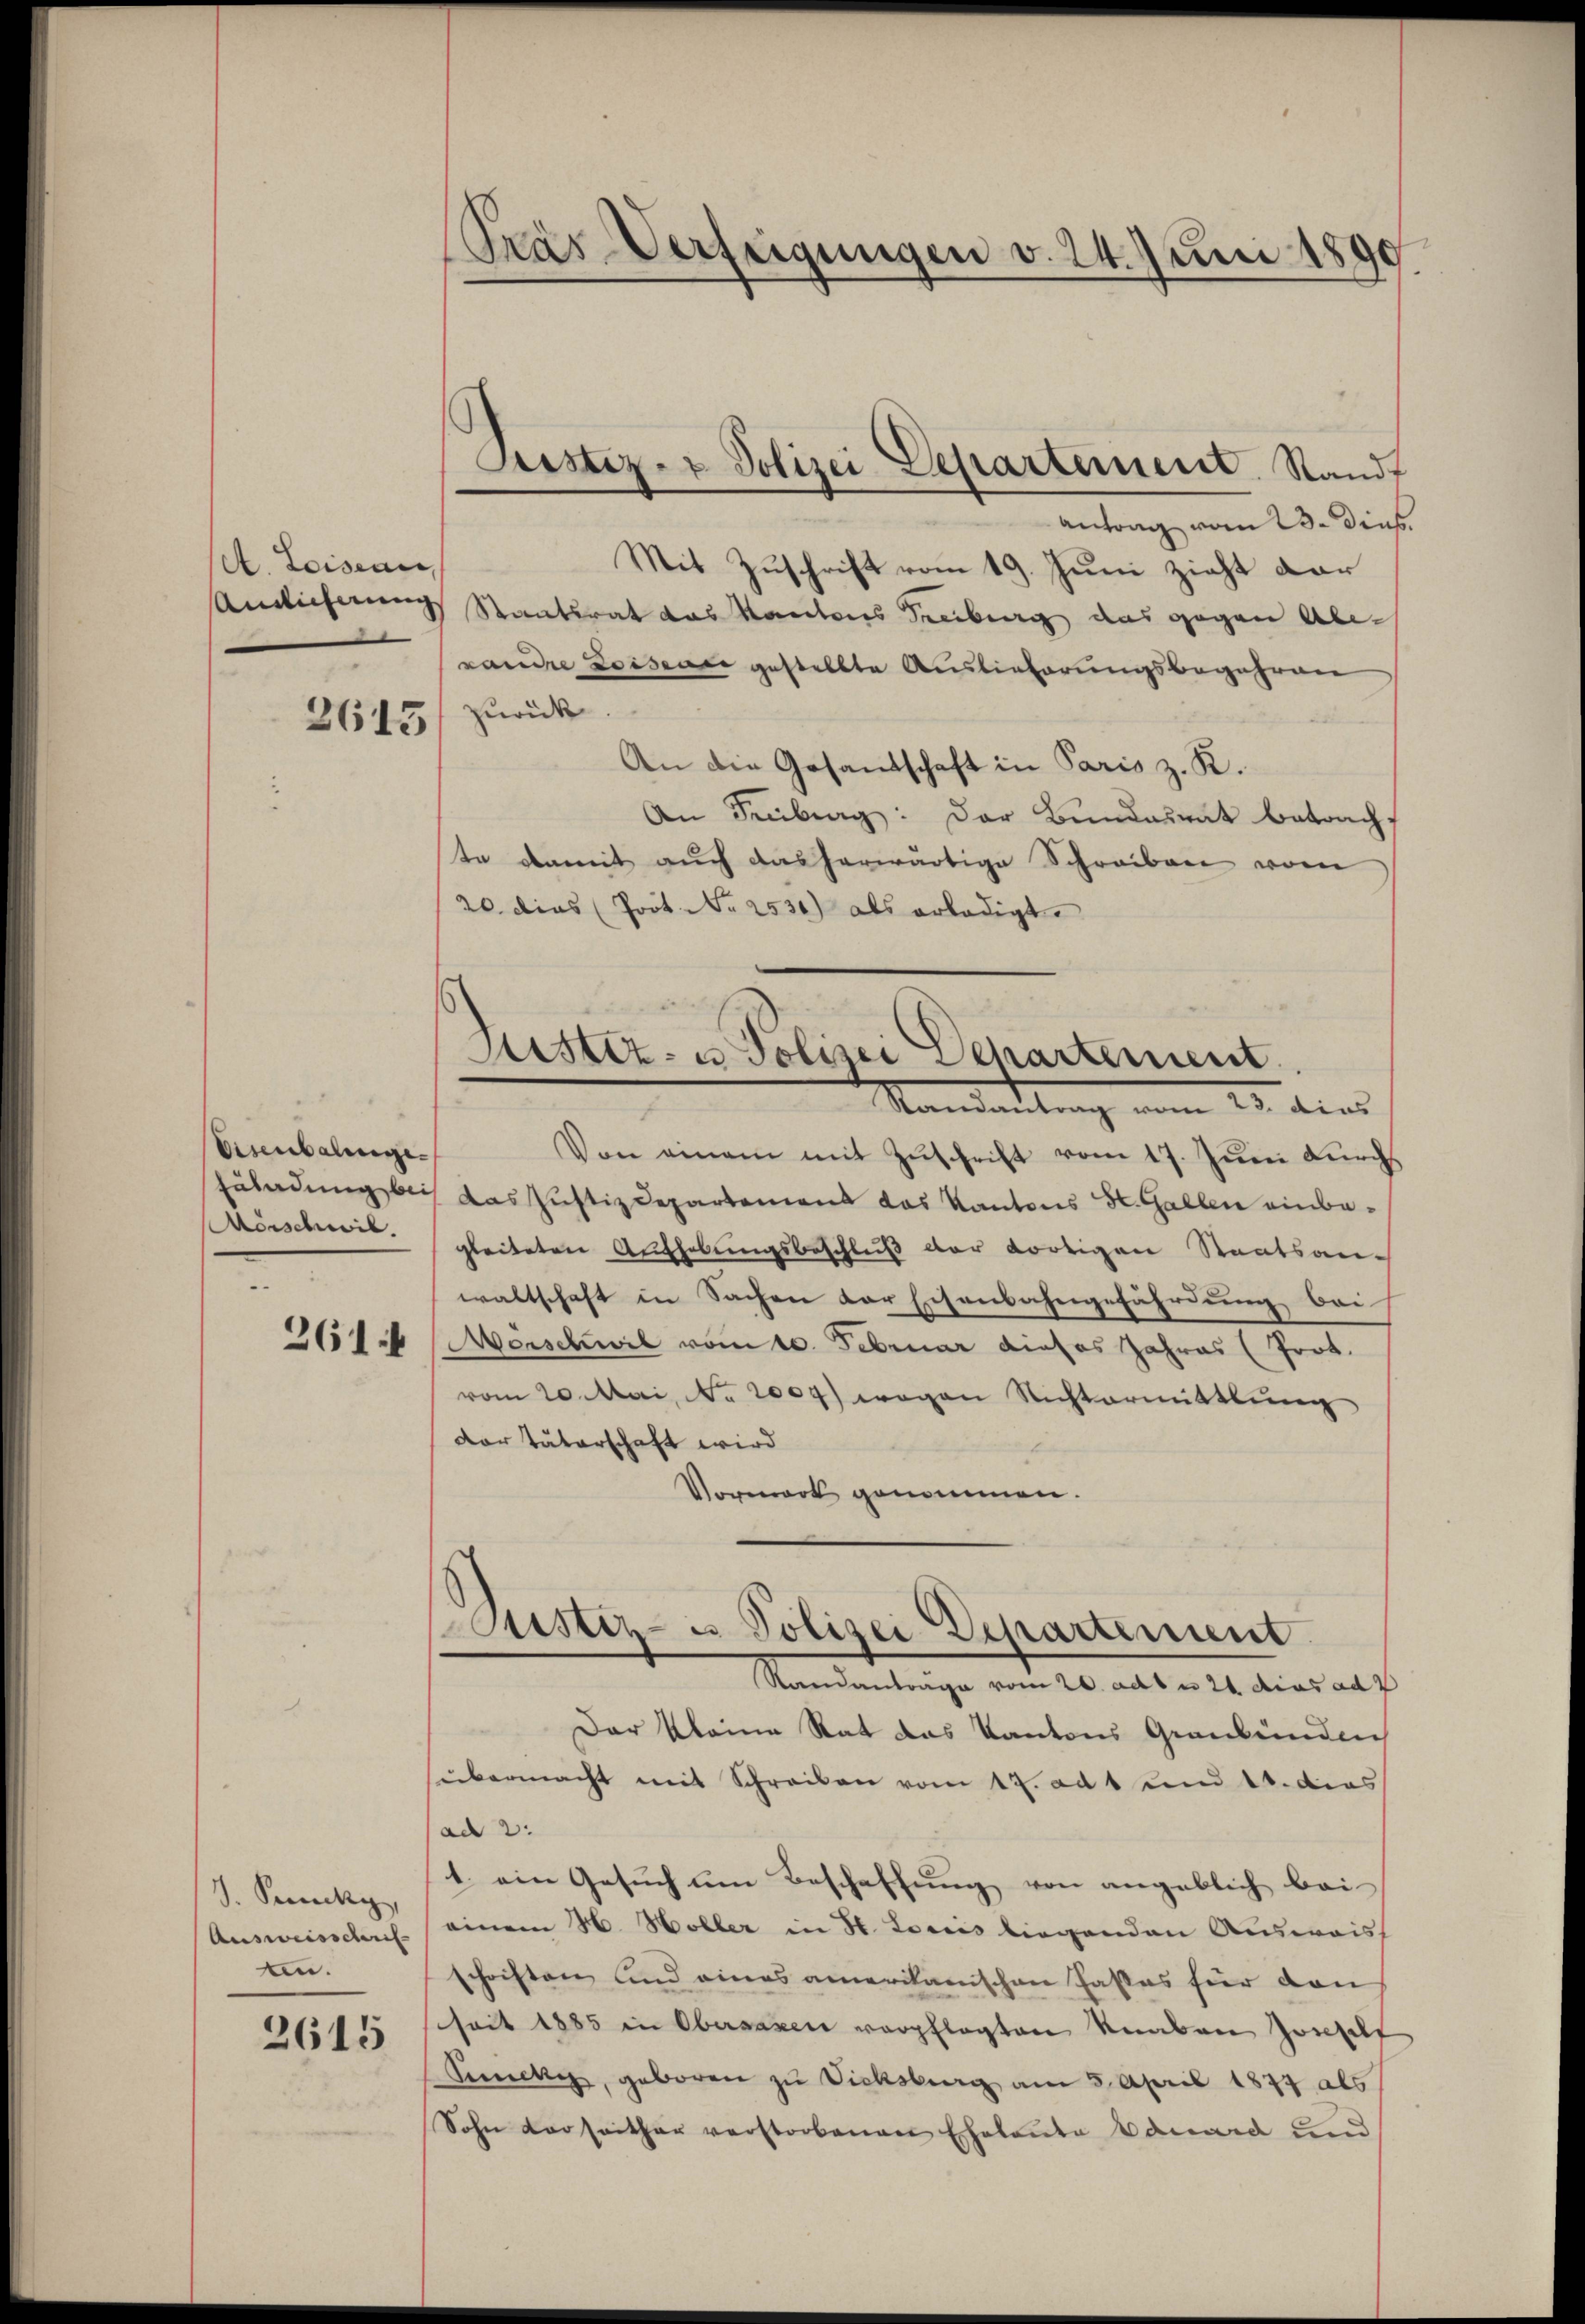
A. Loiseau,

2615

Eisenbalinge
Morschwil.
261 f

S. Packy,
Ausweisschrif
tn.

2615

Pras-Verfeigungen v. 24. Juni 1890

Justiz- & Polizei Departement. Standt

Justiz- u Polizei Departement

Antrag vom 23. Dies
Mit Zuschrift vom 19. Juni zieht dar
Andlicherung Staatsrat das Kantons Freiburg das gegen Abxandre Loisence gestellte Auslieferungsbegehren
zurück.
An die Gesandschaft in Paris z. R.
An Freiburg: Der Bundesrat betracht
te damit auch das herwärtige Schreiben vom
20. dies (Poot. No 2530) als erledigt.
Randantrag vom 23. dies
Von einem mit Zŭschrift vom 17. Jŭni dŭrch
zuladung bei das Justizdepartement das Kantons St. Gallen einbegleiteten Aufhebungsbeschluß der dortigen Staatsanwaltschaft in Sachen der Eschenbahngefährdung bei
Morschwil vom 10. Februar dieses Jahres (Prot.
vom 20. Mai, No. 2004) wegen Nichtermittlung
Der Väterschaft wird
Vormark genommen.
Justiz- u. Polizei Departement
Standanträge vom 20. ad 1 n 21 dies ad
Der kleine Rat das Kantons Graubünden
sübermacht mit Schreiben vom 17. ad 1 und 10. dies
ad 2:
1. ein Gesuch um Beschaffung von angeblich bei
einem H. Höller in H. Lociis liegenden Ausweis
schriften und eines amerikanischen Fastes für dan
heit 1885 in Obersagen verpflegten Knaben Josselt
Secki, geboren zu Dichsburg am 5. April 1874 als
Sohn derseither verstorbenen Eheleute Bauard und